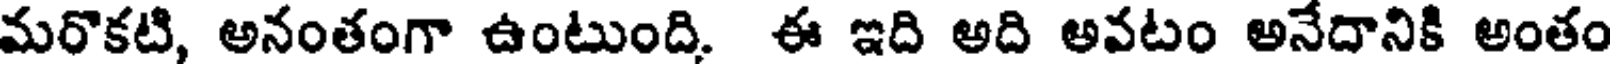
మరొకటి, అనంతంగా ఉంటుంది. ఈ ఇది అది అవటం అనేదానికి అంతం